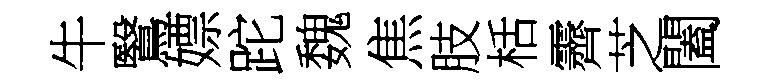
牛鷖嫖跎魏焦肢栝霽芝闔